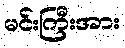
မင်းကြီးအား